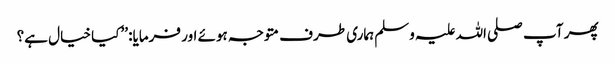
پھر آپ صلی اللہ علیہ وسلم ہماری طرف متوجہ ہوئے اور فرمایا: ’’کیا خیال ہے؟